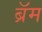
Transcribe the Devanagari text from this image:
ब्रॅम